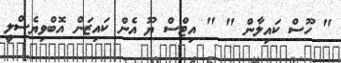
" ހޫސް ކައިލާން " " އިޓްސް ޔޫ އެން ކައިޒަން އޮބްވިޔެސްލީ